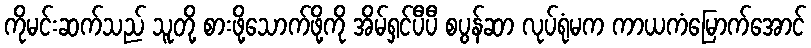
ကိုမင်းဆက်သည် သူတို့ စားဖို့သောက်ဖို့ကို အိမ်ရှင်ပီပီ စပွန်ဆာ လုပ်ရုံမက ကာယကံမြောက်အောင်